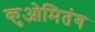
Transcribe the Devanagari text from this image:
कुओमितंग